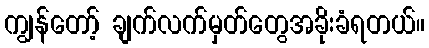
ကျွန်တော့် ချက်လက်မှတ်တွေအခိုးခံရတယ်။